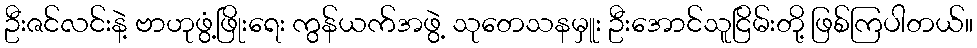
ဦးဇင်လင်းနဲ့ ဗာဟုဖွံ့ဖြိုးရေး ကွန်ယက်အဖွဲ့ သုတေသနမှူး ဦးအောင်သူငြိမ်းတို့ ဖြစ်ကြပါတယ်။